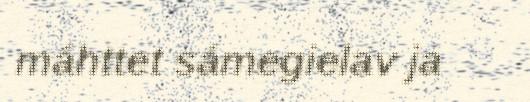
máhttet sámegielav ja